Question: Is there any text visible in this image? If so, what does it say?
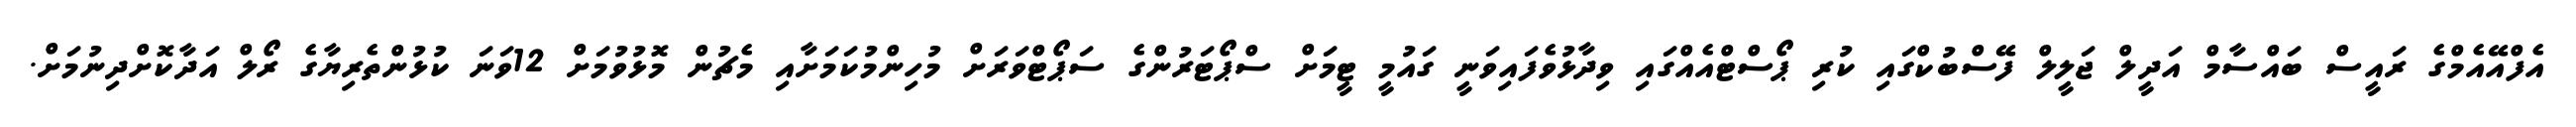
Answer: އެފްއޭއެމްގެ ރައީސް ބައްސާމް އަދީލް ޖަލީލް ފޭސްބުކްގައި ކުރި ޕޯސްޓްއެއްގައި ވިދާޅުވެފައިވަނީ ގައުމީ ޓީމަށް ސްޕޯޓަރުންގެ ސަޕޯޓްވަރަށް މުހިންމުކަމަށާއި މެޗުން މޮޅުވުމަށް 12ވަނަ ކުޅުންތެރިޔާގެ ރޯލް އަދާކޮށްދިނުމަށް.